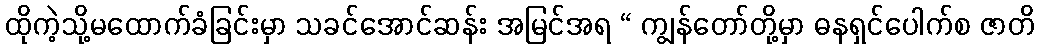
ထိုကဲ့သို့မထောက်ခံခြင်းမှာ သခင်အောင်ဆန်း အမြင်အရ “ ကျွန်တော်တို့မှာ ဓနရှင်ပေါက်စ ဇာတိ